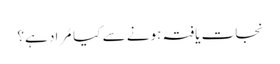
نجات یافتہ ہونے سے کیا مُراد ہے؟